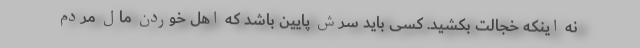
نه اینکه خجالت بکشید. کسی باید سرش پایین باشد که اهل خوردن مال مردم